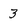
Character: 3